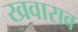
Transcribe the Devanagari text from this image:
खवाराव